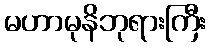
မဟာမုနိဘုရားကြီး